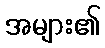
အများ၏